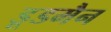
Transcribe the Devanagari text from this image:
डूडमैन